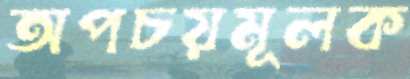
অপচয়মূলক